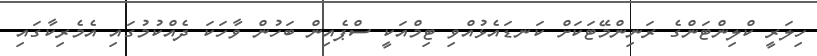
ހިލަރީ ކްލިންޓަންގެ ރަނިންމޭޓަކަށް ކަނޑައެޅުއްވި ޓިމްއަކީ ސްޕެއިން ބަހުން ވާހަކަ ދެއްކުމުގައި އެމެރިކާގައި